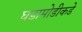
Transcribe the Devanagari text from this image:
घडामोडीकडे